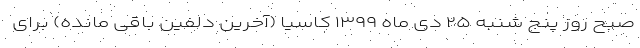
صبح روز پنج شنبه ۲۵ دی ماه ۱۳۹۹ کاسیا (آخرین دلفین باقی مانده) برای